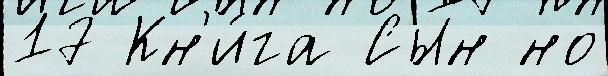
17 Кн'и́га Сын но